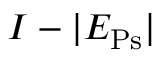
I - | E _ { \mathrm { P s } } |